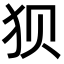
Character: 狈